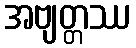
အဗျတ္တဿ